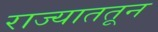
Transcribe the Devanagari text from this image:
राज्याततून